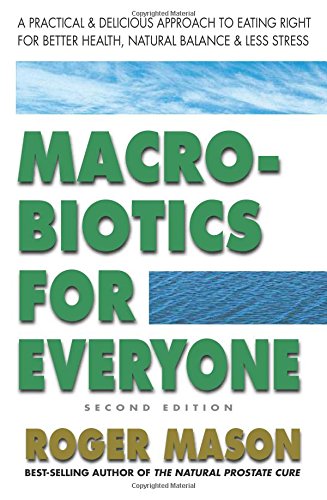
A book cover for Macrobiotics for Everyone, Second Edition: A Practical and Delicious Approach to Eating Right for Better Health, Natural Balance & Less Stress; Roger Mason; Health, Fitness & Dieting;